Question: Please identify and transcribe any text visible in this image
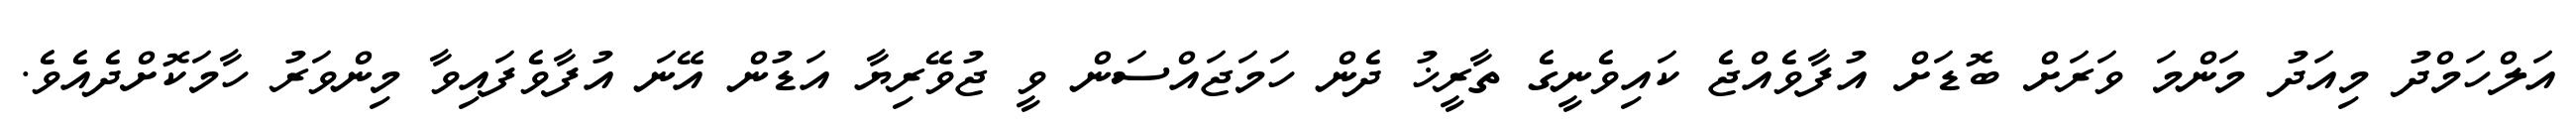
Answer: އަލްހަމްދު މިއަދު މަންމަ ވަރަށް ބޮޑަށް އުފާވެއްޖެ ކައިވެނީގެ ތާރީޚު ދެން ހަމަޖައްސަން ވީ ޖުވޭރިޔާ އަޑުން އޭނަ އުފާވެފައިވާ މިންވަރު ހާމަކޮށްދެއެވެ.